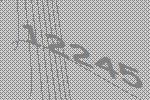
12245